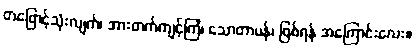
တဖြောင့်သုံးလျက်၊ အားတက်ကျင့်ကြံ၊ သောတာပန်၊ ဖြစ်ရန် အကြောင်းလေး။